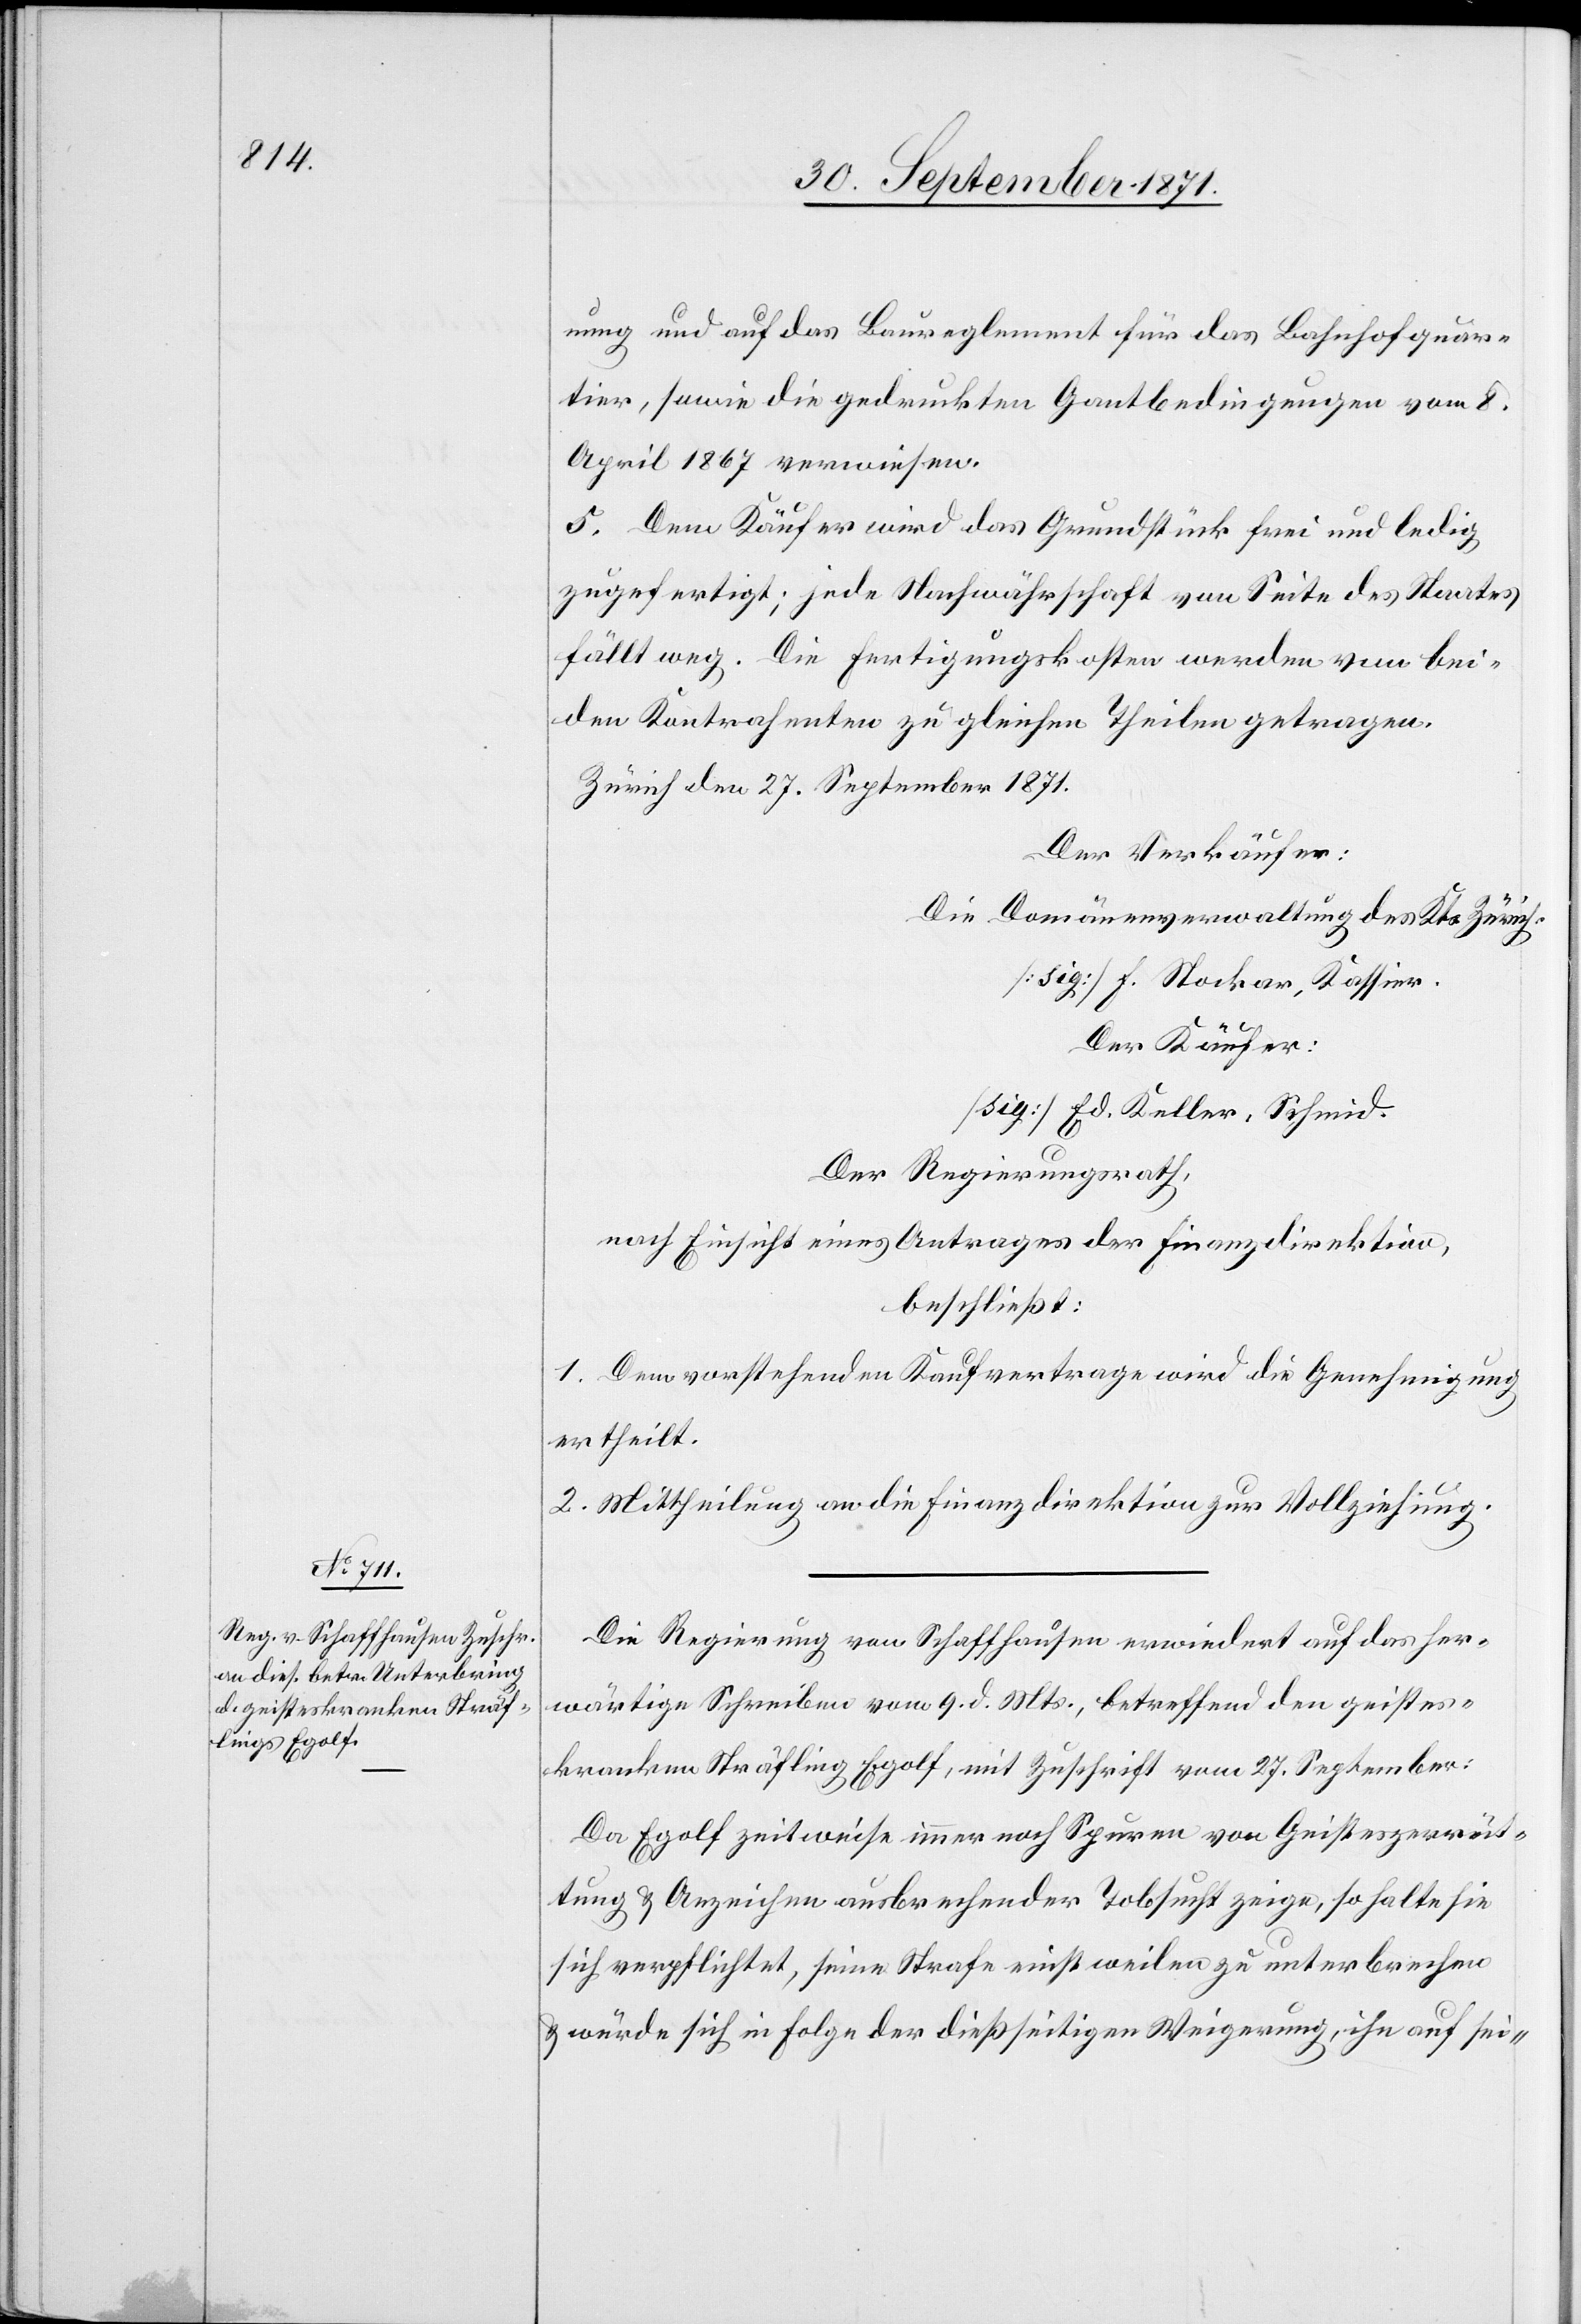
nung und auf das Baureglement für das Bahnhofquar¬
tier, sowie die gedruckten Gantbedingungen vom 8.
April 1867 verwiesen.
5. Dem Käufer wird das Grundstück frei und ledig
zugefertigt; jede Nachwährschaft von Seite des Staates
fällt weg. Die Fertigungskosten werden von bei¬
den Kontrahenten zu gleichen Theilen getragen.
Zürich den 27. September 1871.
Der Verkäufer:
Die Domänenverwaltung des Kts. Zürich
[sig] F. Stocker, Kassier.
Der Käufer:
[sig] Ed. Keller, Schmid.
Der Regierungsrath,
nach Einsicht eines Antrages der Finanzdirektion,
beschließt:
1. Dem vorstehenden Kaufvertrage wird die Genehmigung
ertheilt.
2. Mittheilung an die Finanzdirektion zur Vollziehung.
Die Regierung von Schaffhausen erwiedert auf das her¬
wärtige Schreiben vom 9. d. Mts., betreffend den geistes¬
kranken Sträfling Egolf, mit Zuschrift vom 27. September:
Da Egolf zeitweise immer noch Spuren von Geisteszerrüt¬
tung & Anzeichen ausbrechender Tobsucht zeige, so halte sie
sich verpflichtet, seine Strafe einstweilen zu unterbrechen
& würde sich in Folge der dießseitigen Weigerung, ihn auf sei-